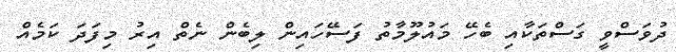
ދުވަސްވީ ގަަސްތަކާއި ބެހޭ މައުލޫމާތު ފަސޭހައިން ލިބެން ނެތް އިރު މިފަދަ ކަމެއް